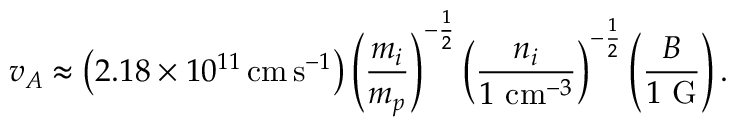
v _ { A } \approx \left( 2 . 1 8 \times 1 0 ^ { 1 1 } \, { \mathrm { c m } } \, { \mathrm { s } } ^ { - 1 } \right) \left( { \frac { m _ { i } } { m _ { p } } } \right) ^ { - { \frac { 1 } { 2 } } } \left( { \frac { n _ { i } } { 1 ~ { \mathrm { c m } } ^ { - 3 } } } \right) ^ { - { \frac { 1 } { 2 } } } \left( { \frac { B } { 1 ~ { \mathrm { G } } } } \right) .